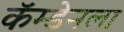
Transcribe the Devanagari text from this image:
कॅम्डेनला